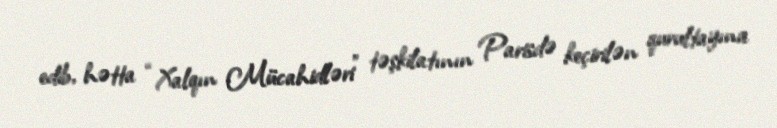
edib, hətta “Xalqın Mücahidləri” təşkilatının Parisdə keçirilən qurultayına